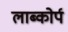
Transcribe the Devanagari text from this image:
लाब्कोर्प